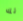
لك